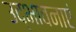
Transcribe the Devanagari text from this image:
उद्भावनाएं